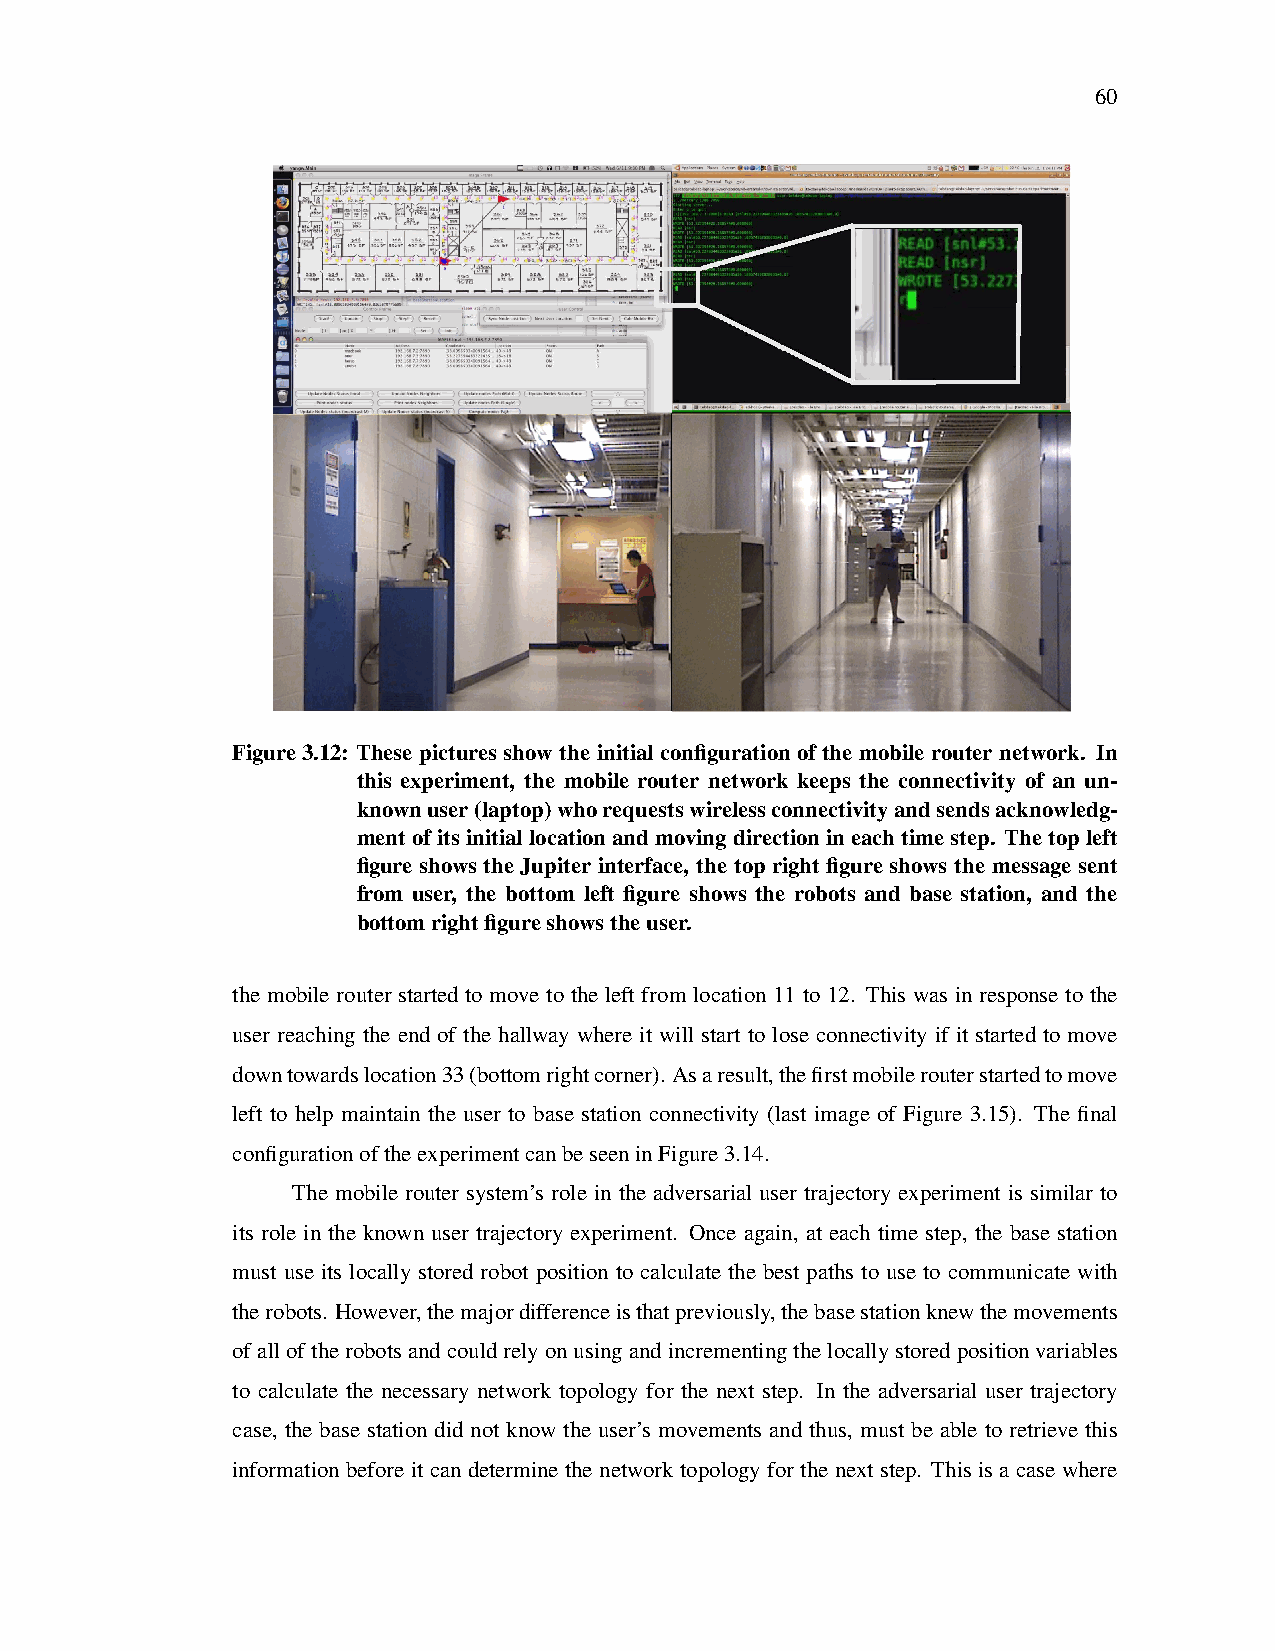
60
 Figure3.12: These pictures show the initial configuration of the mobile router network. In
 this experiment, the mobile router network keeps the connectivity of an un-
 knownuser(laptop)whorequestswirelessconnectivityandsendsacknowledg-
 mentofitsinitiallocationandmovingdirectionineachtimestep. Thetopleft
 figure shows the Jupiter interface, the top right figure shows the message sent
 from user, the bottom left figure shows the robots and base station, and the
 bottomrightfigureshowstheuser.
 the mobile router started to move to the left from location 11 to 12. This was in response to the
 user reaching the end of the hallway where it will start to lose connectivity if it started to move
 downtowardslocation33(bottomrightcorner). Asaresult,thefirstmobilerouterstartedtomove
 left to help maintain the user to base station connectivity (last image of Figure 3.15). The final
 configurationoftheexperimentcanbeseeninFigure3.14.
 The mobile router system’s role in the adversarial user trajectory experiment is similar to
 its role in the known user trajectory experiment. Once again, at each time step, the base station
 must use its locally stored robot position to calculate the best paths to use to communicate with
 therobots. However,themajordifferenceisthatpreviously,thebasestationknewthemovements
 ofalloftherobotsandcouldrelyonusingandincrementingthelocallystoredpositionvariables
 to calculate the necessary network topology for the next step. In the adversarial user trajectory
 case, the base station did not know the user’s movements and thus, must be able to retrieve this
 information before it can determine the network topology for the next step. This is a case where